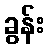
ခွန်း